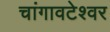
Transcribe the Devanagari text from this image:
चांगावटेश्वर